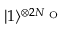
\ensuremath { \lvert { 1 } \rangle } ^ { \otimes 2 N _ { \mathrm { ~ O ~ } } }